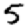
Digit: 5